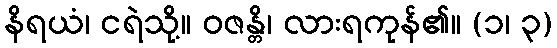
နိရယံ၊ ငရဲသို့။ ဝဇန္တိ၊ လားရကုန်၏။ (၁၊ ၃)